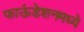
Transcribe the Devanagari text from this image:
फाऊंडेशनमध्ये